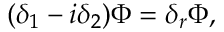
( \delta _ { 1 } - i \delta _ { 2 } ) \Phi = \delta _ { r } \Phi ,